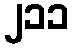
၂၁၁